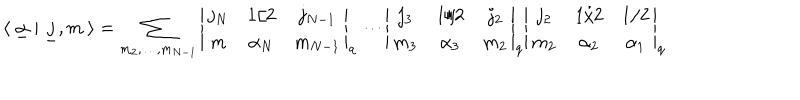
\langle \ \underline { { \alpha } } \ | \ \underline { { j } } , m \ \rangle = \sum _ { m _ { 2 } , \dots , m _ { N - 1 } } \left| \begin{matrix} { { j _ { N } } } & { { 1 / 2 } } & { { j _ { N - 1 } } } \\ { { m } } & { { \alpha _ { N } } } & { { m _ { N - 1 } } } \\ \end{matrix} \right| _ { q } \cdots \left| \begin{matrix} { { j _ { 3 } } } & { { 1 / 2 } } & { { j _ { 2 } } } \\ { { m _ { 3 } } } & { { \alpha _ { 3 } } } & { { m _ { 2 } } } \\ \end{matrix} \right| _ { q } \left| \begin{matrix} { { j _ { 2 } } } & { { 1 / 2 } } & { { 1 / 2 } } \\ { { m _ { 2 } } } & { { \alpha _ { 2 } } } & { { \alpha _ { 1 } } } \\ \end{matrix} \right| _ { q }